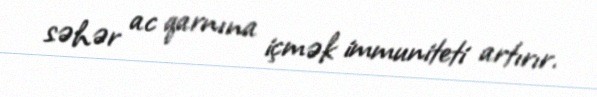
səhər ac qarnına içmək immuniteti artırır.